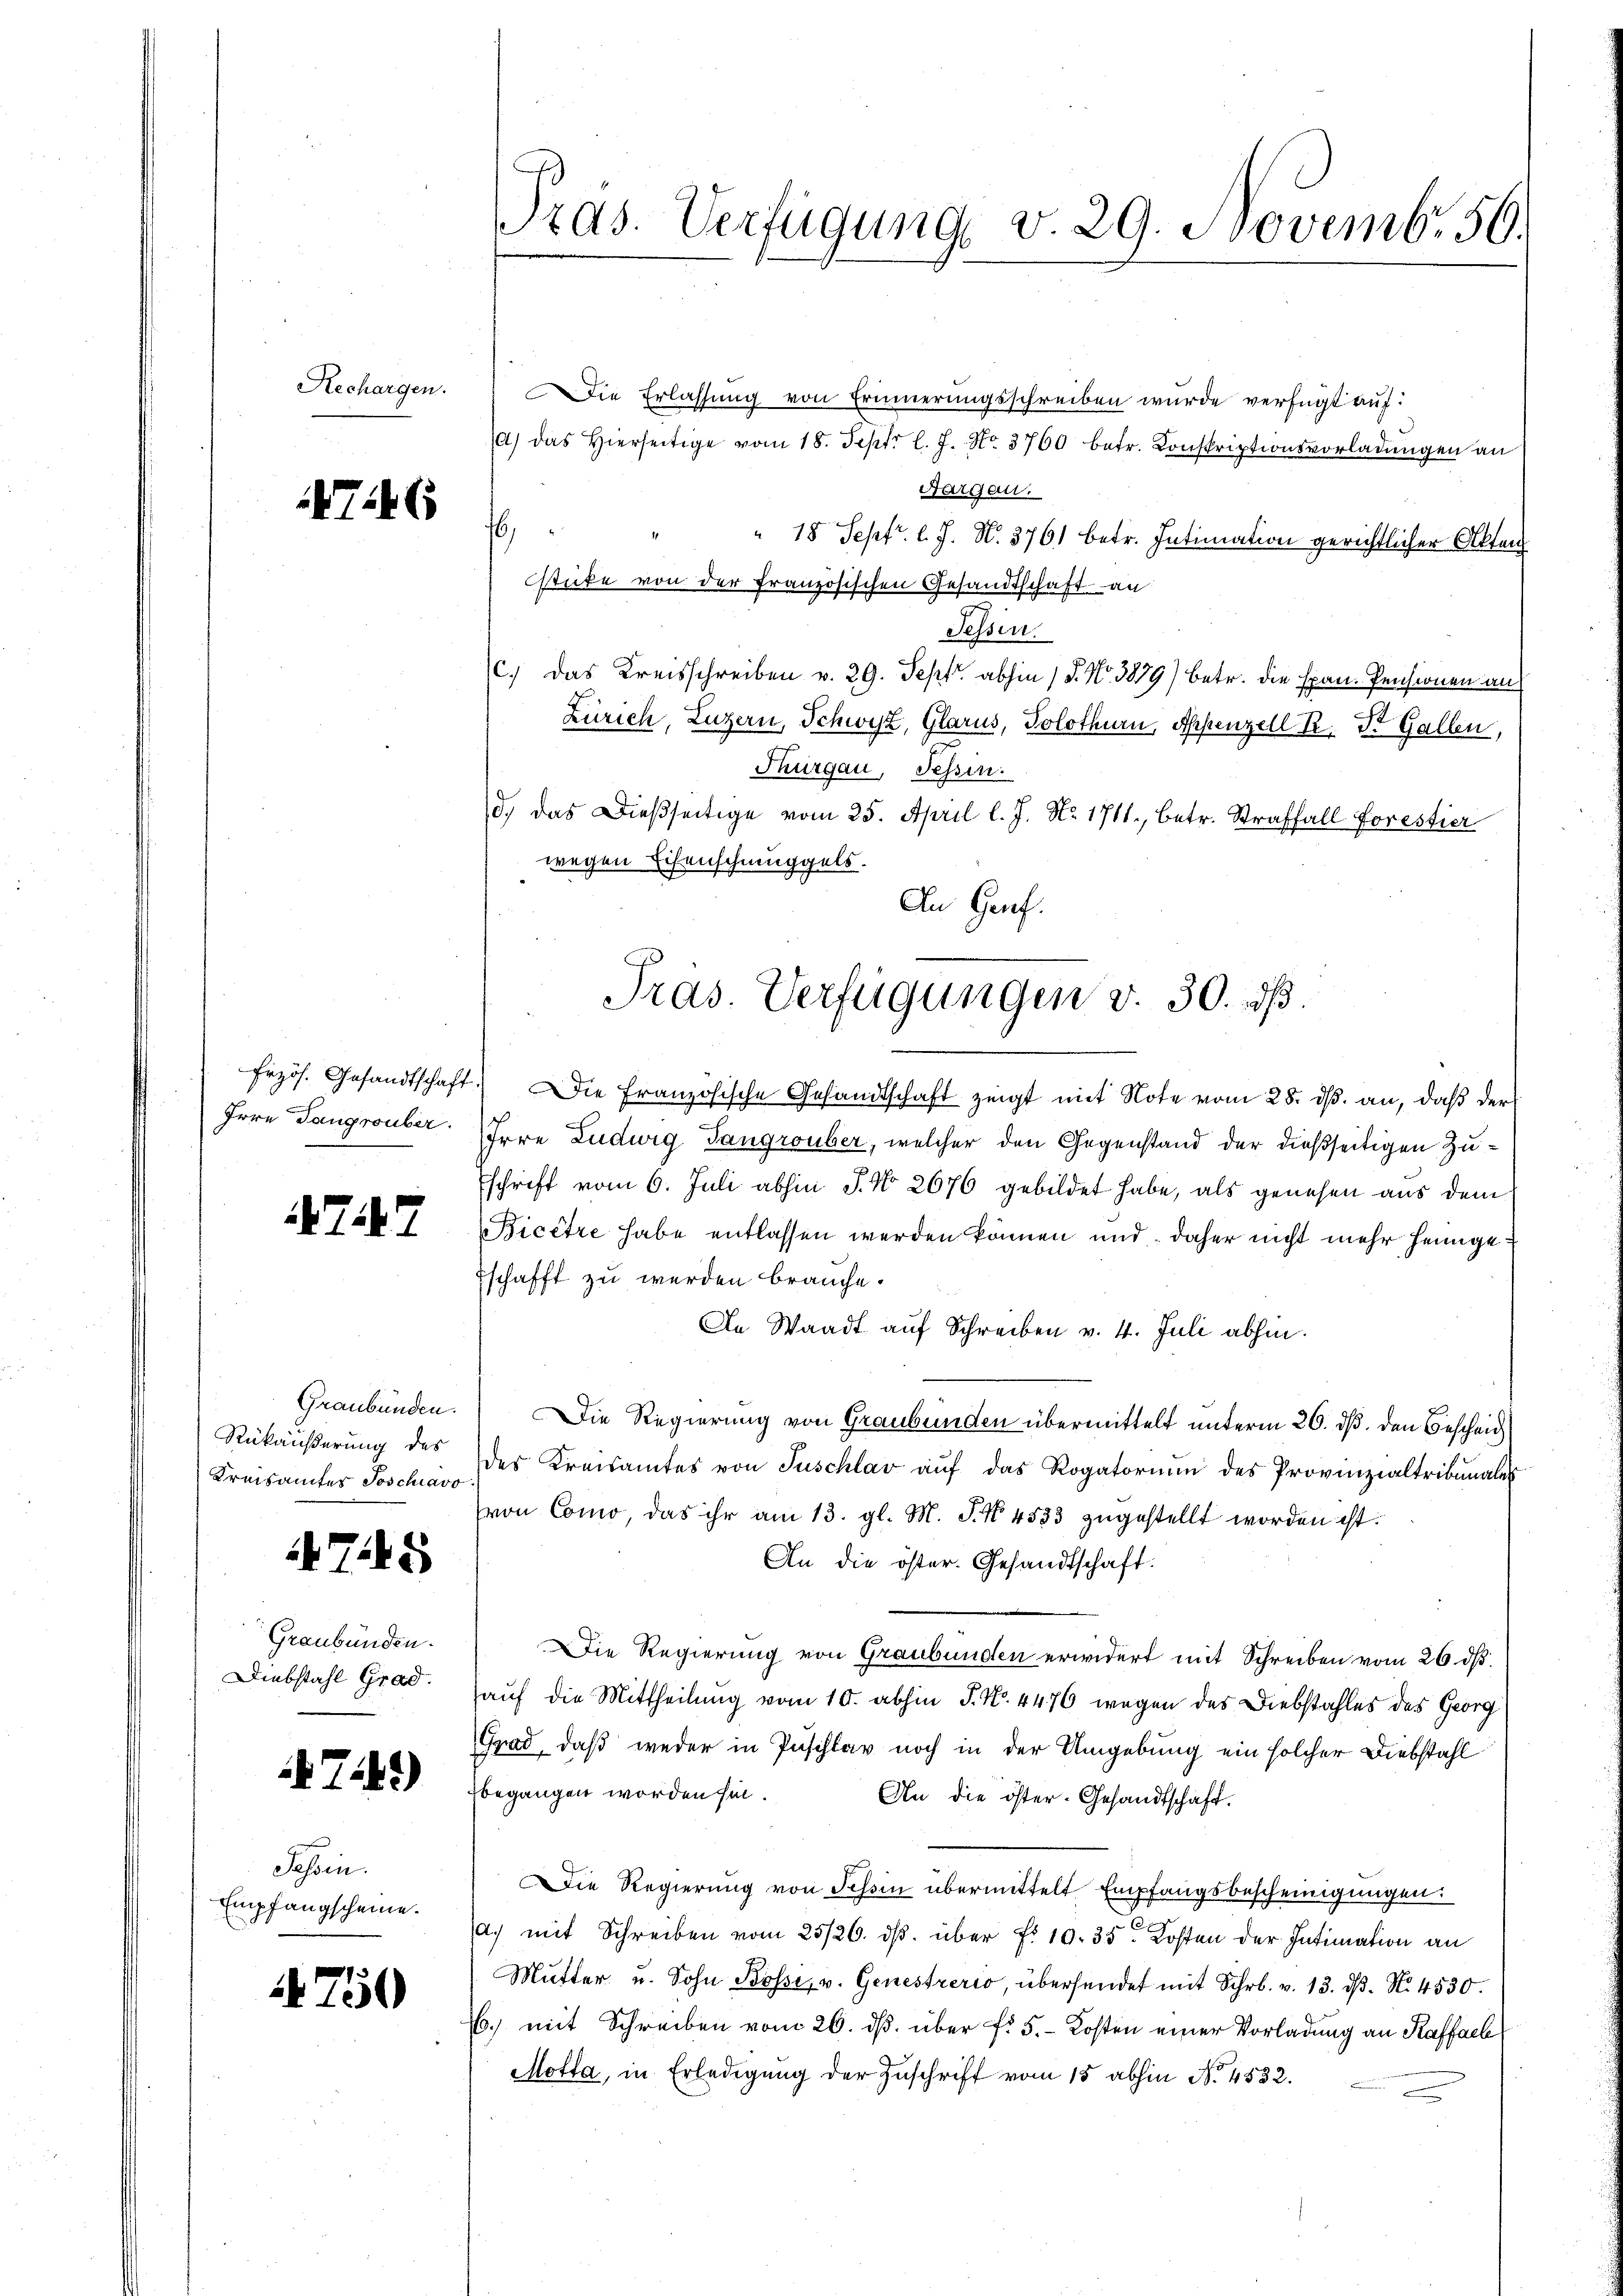
Rechargen.

746

Irre Taugruber.

77

Graubünden.
Rükäußerung des
Kreisamtes Soschiavo

75

Graubünden.
Diebstahl Grad.

749)

Jahren.
Empfangscheine.

4750

Pras. Verfügung v. 29. Novemb. 56.

Die Erlassung von Erinnerungsschreiben wurde verfügt auf:
(d) das hierseitige vom 18. Sept. l. J. No. 3760 betr. Konskriptionsvorladŭngen an
Aargau.
6
" 18 Sept. l. J. N. 3761 betr. Intimation gerichtlicher Akten
tute von der französischen Gesandtschaft an
Tessin.
C.) Das Kreisschreiben v. 29. Sept. abhin 1 S. Nr. 3879) betr. die Exan-Pensionen an
Zürich, Luzern, Schwyz, Glarus, Solothurn, Appenzell R. Dr. Gallen,
Thurgau, Sessen.
d. Das Dießseitige vom 25. April l. J. No. 1711., betr. Straffall forestier
wegen Eisenschmuggels.
An Genf.
Frzös. Gesandtschaft. Die Französische Gesandtschaft zeigt mit Note vom 28. ds. an, daß der
Irre Ludwig Tangrouber, welcher den Gegenstand der dießseitigen Zuschrift vom 6. Juli abhin J. No. 2676 gebildet habe, als gewesen aus dem
icêtre habe entlassen werden können und daher nicht mehr heimgeschafft zu werden brauche.
In Waadt auf Schreiben v. 4. Juli abhin.
Die Regierung von Graubünden übermittelt unterm 26. ds. den Bescheid
des Kreisamtes von Tuschlav aŭf das Rogatorium des Provinzialtribunales
(von Como, das ihr am 13. gl. M. P. Nr. 4533 zugestellt worden ist.
An die öster. Gesandtschaft.
DDie Regierung von Graubünden erwidert mit Schreiben vom 26. ds.
auf die Mittheilung vom 10. abhin J. No. 4476 wegen des Diebstahles des Georg
Grad, daß weder in Paschlav noch in der Umgebung ein solcher Diebstahl
begangen worden sei.
An die öster- Gesandtschaft.
Die Regierung von Tessin übermittelt Empfangsbescheinigungen:
a. mit Schreiben vom 25/26. ds. über f. 10. 35. Kosten der Intimation an
Mŭtter u. Sohn Bossi, v. Genestrerio, übersendet mit Schr. v. 13. dβ. N. 4530.
6. mit Schreiben vom 26. ds. über f. 5. Kosten einer Vorladung an Kaffach
Motta, in Erledigung der Zuschrift vom 15 abhin No. 4532.

Pras. Verfügungen v. 30. dß.